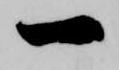
一